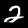
Label: 2